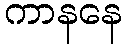
ကာနနေ